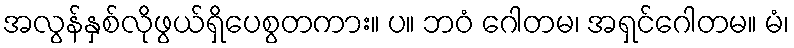
အလွန်နှစ်လိုဖွယ်ရှိပေစွတကား။ ပ။ ဘဝံ ဂေါတမ၊ အရှင်ဂေါတမ။ မံ၊